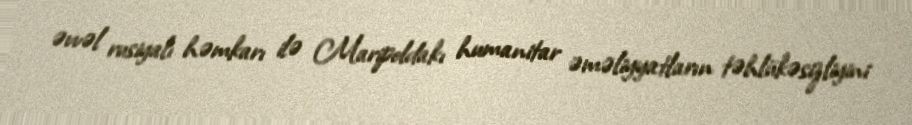
əvvəl rusiyalı həmkarı ilə Maripoldakı humanitar əməliyyatların təhlükəsizliyini